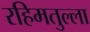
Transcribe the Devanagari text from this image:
रहिमतुल्ला